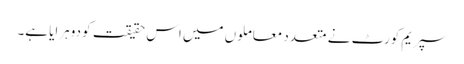
سپریم کورٹ نے متعدد معاملوں میں اس حقیقت کو دوہرایا ہے۔